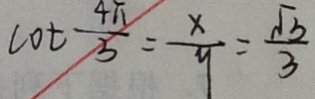
\cot \frac { 4 \pi } { 5 } = \frac { x } { y } = \frac { \sqrt { 3 } } { 3 }